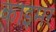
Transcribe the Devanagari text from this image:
काइमर